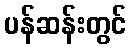
ပန်ဆန်းတွင်